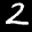
Label: 2